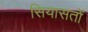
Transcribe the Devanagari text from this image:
सियासतों